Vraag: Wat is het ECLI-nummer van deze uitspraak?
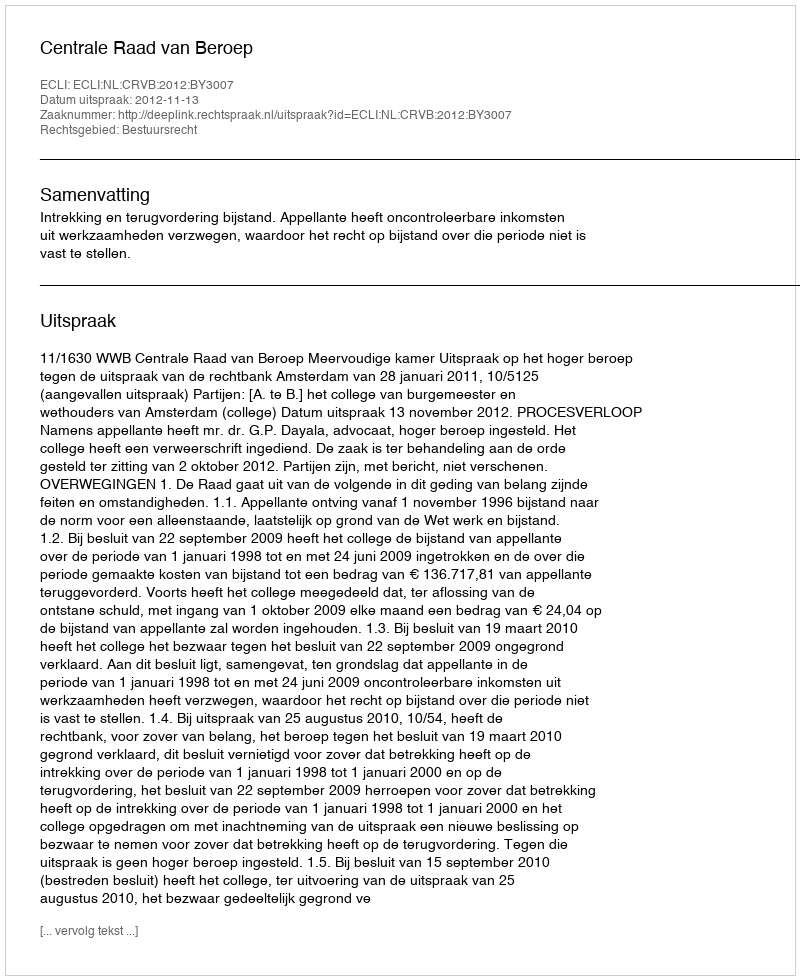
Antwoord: ECLI:NL:CRVB:2012:BY3007